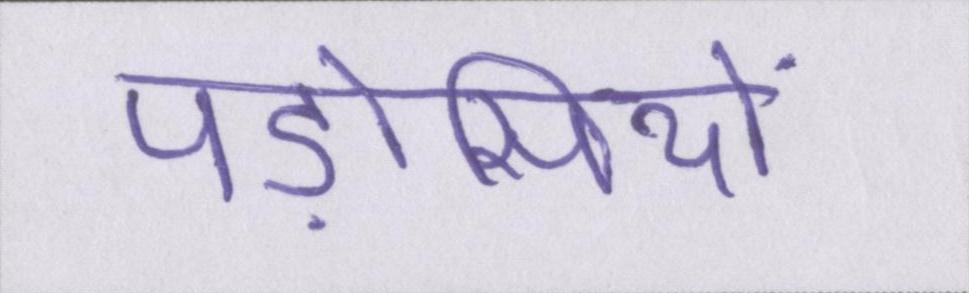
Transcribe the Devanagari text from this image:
पड़ोसियों